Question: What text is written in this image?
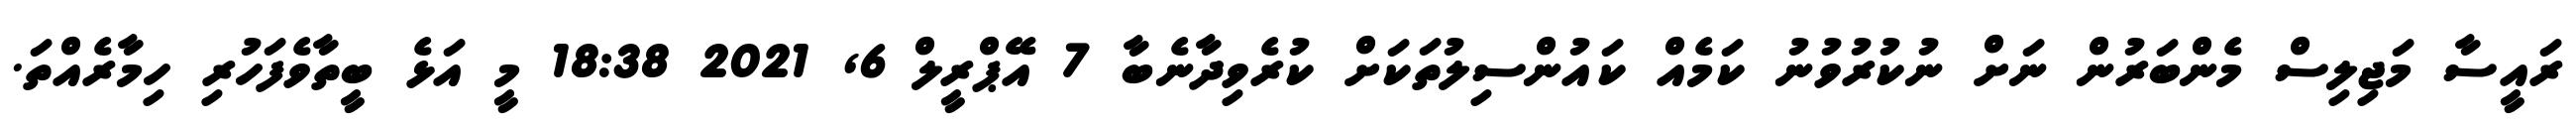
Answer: ރައީސާ މަޖިލިސް މެންބަރުން ނަށް ނުކުރުވުނު ކަމެއް ކައުންސިލުތަކަށް ކުރެވިދާނެބާ 7 އޭޕްރީލް 6, 2021 18:38 މީ އަޅެ ބީތާވެފަހުރި ހިމާރެއްތަ.